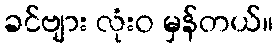
ခင်ဗျား လုံးဝ မှန်တယ်။